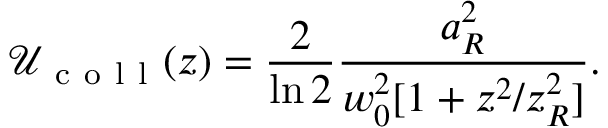
\mathcal { U } _ { \mathrm { ~ c ~ o ~ l ~ l ~ } } ( z ) = \frac { 2 } { \ln 2 } \frac { a _ { R } ^ { 2 } } { w _ { 0 } ^ { 2 } [ 1 + z ^ { 2 } / z _ { R } ^ { 2 } ] } .